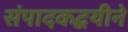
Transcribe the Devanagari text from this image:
संपादकद्वयीने